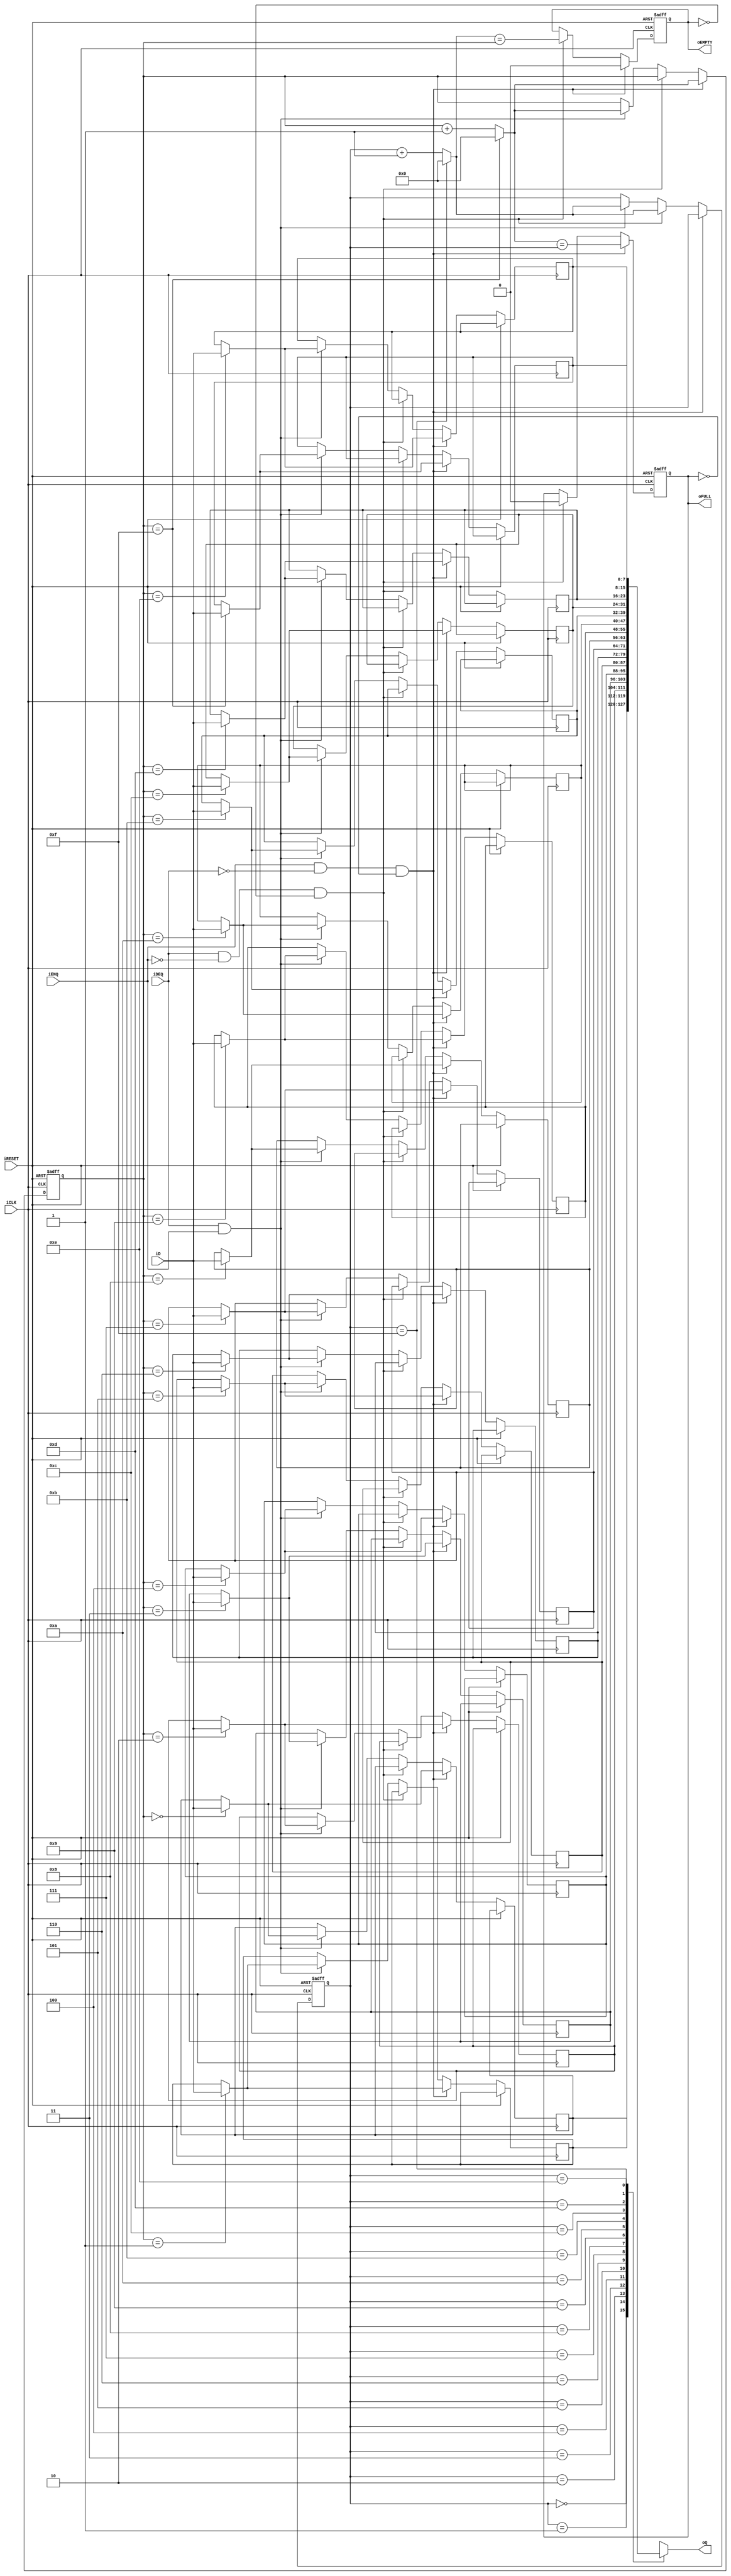
module fifo
	#(
		parameter S = 16,
		          W = 8
	)
	(
		input wire iCLK, iRESET,
		input wire iENQ, iDEQ,
		input wire [W-1:0] iD,
		output reg oEMPTY, oFULL,
		output reg [W-1:0] oQ
	);

	localparam SW = $clog2(S);
	reg [W-1:0] fifo_reg [0:S-1];
	reg [SW-1:0] head, tail;

	always @(posedge iCLK, posedge iRESET)
		if (iRESET)
			begin
				head <= 0;
				tail <= 0;
				oEMPTY <= 1;
				oFULL <= 0;
			end
		else
			if (iENQ & ~iDEQ & ~oFULL)
				begin
					fifo_reg[head] <= iD;
					head <= inc(head);
					
					oEMPTY <= 0;
					oFULL <= (inc(head) == tail);
				end
			else if (iDEQ & ~iENQ & ~oEMPTY)
				begin
					tail <= inc(tail);
					oFULL <= 0;
					oEMPTY <= (inc(tail) == head);
				end
			else if (iDEQ & iENQ)
				begin
					fifo_reg[head] <= iD;
					tail <= inc(tail);
					head <= inc(head);
				end
	
	always @*
		oQ = fifo_reg[tail];
	
	function [SW-1:0] inc(input [SW-1:0] pointer);
		inc = (pointer == S - 1) ? 0 : pointer + 1;
	endfunction
endmodule